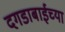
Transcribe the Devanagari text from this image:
दगडाबाईच्या